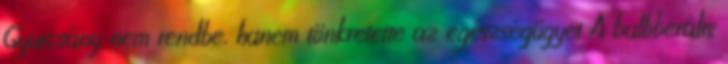
Gyurcsány nem rendbe, hanem tönkretette az egészségügyet A balliberális